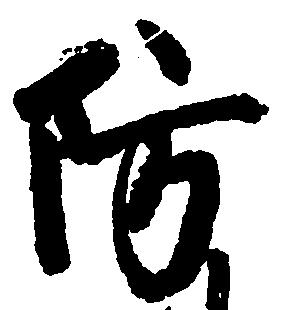
防